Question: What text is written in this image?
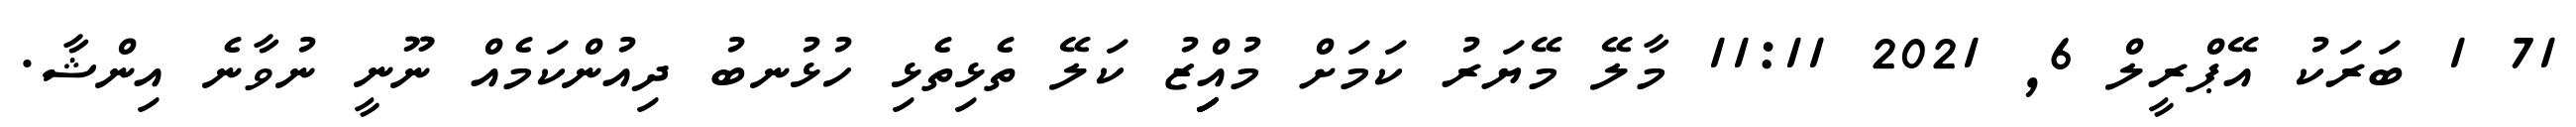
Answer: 71 1 ބަރަކު އޭޕްރީލް 6, 2021 11:11 މާލޭ މޭޔަރު ކަމަށް މުއިިިިިްޒު ކަލޭ ތެޅިތެޅި ހުޅުނބު ދިއުންކަމެއް ނޫނީ ނުވާނެ އިންޝާ.